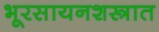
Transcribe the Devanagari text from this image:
भूरसायनशस्त्रात